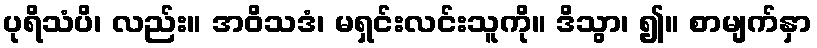
ပုရိသံပိ၊ လည်း။ အဝိသဒံ၊ မရှင်းလင်းသူကို။ ဒိသွာ၊ ၍။ စာမျက်နှာ